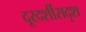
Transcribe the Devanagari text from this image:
दूरदर्शीसदृश